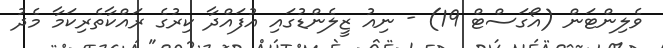
ވެލިންޓަން (އޯގަސްޓް 19) - ނިއު ޒީލެންޑުގައި އުފައްދާ ކިރުގެ ރައްކާތެރިކަމާ މެދު